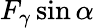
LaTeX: F_{\gamma}\sin\alpha